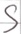
Text: S